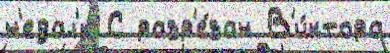
н'едал'́к С разр'е́зан В'и́ктора